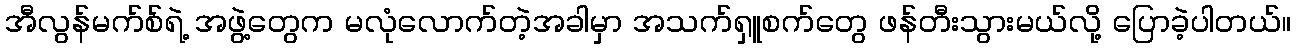
အီလွန်မက်စ်ရဲ့ အဖွဲ့တွေက မလုံလောက်တဲ့အခါမှာ အသက်ရှူစက်တွေ ဖန်တီးသွားမယ်လို့ ပြောခဲ့ပါတယ်။